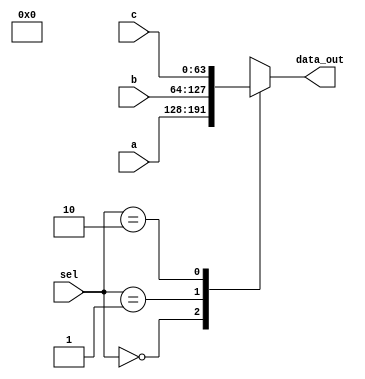
module mux_triple_3
(
    input [63:0] a, b, c,
    input [1:0] sel,
    output reg [63:0] data_out   
);

always@(*)
begin
    case (sel)
    2'b00: data_out = a;
    2'b01: data_out = b;
    2'b10: data_out = c; 
        default: data_out = 2'bX;
    endcase

end


endmodule //